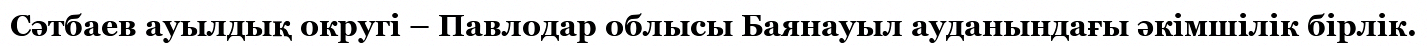
Сәтбаев ауылдық округі – Павлодар облысы Баянауыл ауданындағы әкімшілік бірлік.